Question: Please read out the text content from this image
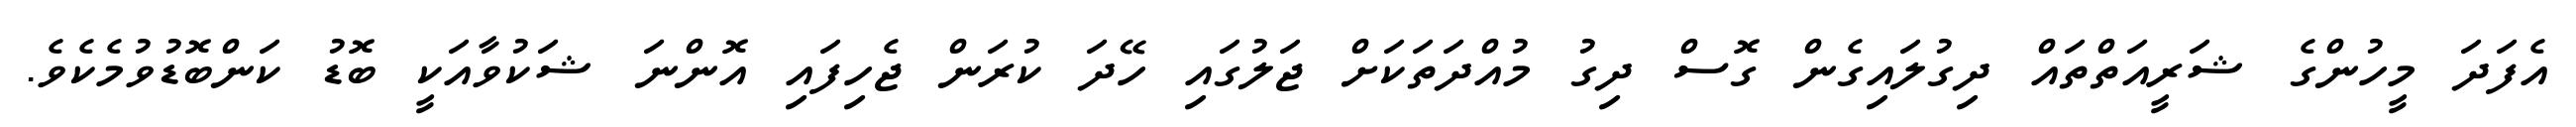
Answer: އެފަދަ މީހުންގެ ޝަރީއަތްތައް ދިގުލައިގެން ގޮސް ދިގު މުއްދަތަކަށް ޖަލުގައި ހޭދަ ކުރަން ޖެހިފައި އޮންނަ ޝަކުވާއަކީ ބޮޑު ކަންބޮޑުވުމެކެވެ.